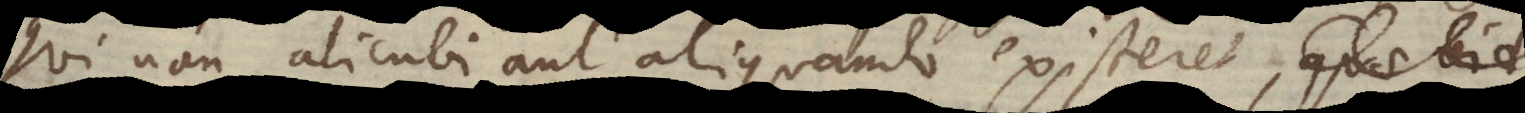
qui non alicubi aut aliquando existeret.